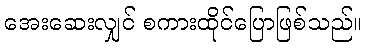
အေးဆေးလျှင် စကားထိုင်ပြောဖြစ်သည်။